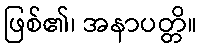
ဖြစ်၏၊ အနာပတ္တိ။